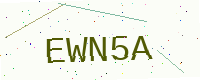
Text: EWN5A